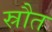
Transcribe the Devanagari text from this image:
स्रौत